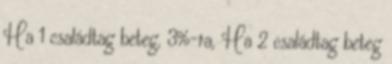
Ha 1 családtag beteg, 3%-ra, Ha 2 családtag beteg